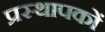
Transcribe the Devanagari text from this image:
प्रस्थापकों